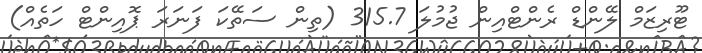
ޓޫރިޒަމް ލޭންޑް ރެންޓްއިން ޖުމުލަ 315.7 (ތިން ސަތޭކަ ފަނަރަ ޕޮއިންޓް ހަތެއް)